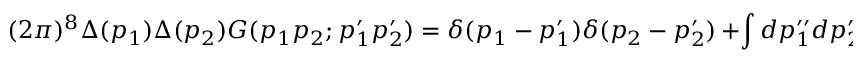
( 2 \pi ) ^ { 8 } \Delta ( p _ { 1 } ) \Delta ( p _ { 2 } ) G ( p _ { 1 } p _ { 2 } ; p _ { 1 } ^ { \prime } p _ { 2 } ^ { \prime } ) = { \delta ( p _ { 1 } - p _ { 1 } ^ { \prime } ) \delta ( p _ { 2 } - p _ { 2 } ^ { \prime } ) } \, \nonumber + \int d p _ { 1 } ^ { \prime \prime } d p _ { 2 } ^ { \prime \prime } K ( p _ { 1 } p _ { 2 } ; p _ { 1 } ^ { \prime \prime } p _ { 2 } ^ { \prime \prime } ) G ( p _ { 1 } ^ { \prime \prime } p _ { 2 } ^ { \prime \prime } ; p _ { 1 } ^ { \prime } p _ { 2 } ^ { \prime } )